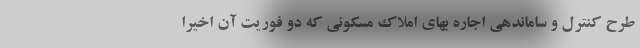
طرح کنترل و ساماندهی اجاره‌ بهای املاک مسکونی که دو فوریت آن اخیرا